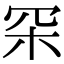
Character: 罙